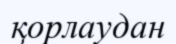
қорлаудан